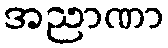
အညာဏာ